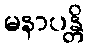
မနာပန္တိ